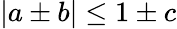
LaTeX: |a\pm b|\le 1\pm c